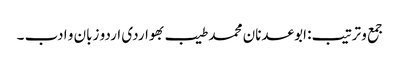
جمع و ترتیب: ابوعدنان محمد طیب بھواردی	اردو زبان و ادب ۔